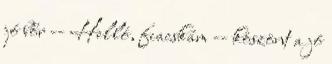
jó bőr -- Helló, fiacskám -- köszönt a jó